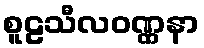
စူဠသီလဝဏ္ဏနာ